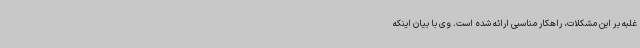
غلبه بر این مشکلات، راهکار مناسبی ارائه شده است. وی با بیان اینکه